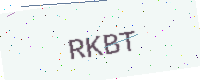
Text: RKBT